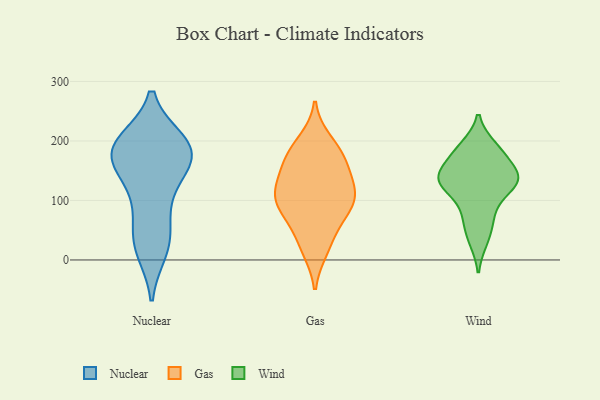
{"axis": {"x": "Website Visitors", "y": "Value"}, "legend": ["Gas", "Nuclear", "Wind"], "data": [{"x": "", "y": 133, "type": "Nuclear"}, {"x": "", "y": 17, "type": "Nuclear"}, {"x": "", "y": 29, "type": "Nuclear"}, {"x": "", "y": 72, "type": "Nuclear"}, {"x": "", "y": 188, "type": "Nuclear"}, {"x": "", "y": 190, "type": "Nuclear"}, {"x": "", "y": 186, "type": "Nuclear"}, {"x": "", "y": 31, "type": "Nuclear"}, {"x": "", "y": 198, "type": "Nuclear"}, {"x": "", "y": 173, "type": "Nuclear"}, {"x": "", "y": 168, "type": "Nuclear"}, {"x": "", "y": 196, "type": "Nuclear"}, {"x": "", "y": 110, "type": "Nuclear"}, {"x": "", "y": 166, "type": "Nuclear"}, {"x": "", "y": 199, "type": "Gas"}, {"x": "", "y": 150, "type": "Gas"}, {"x": "", "y": 27, "type": "Gas"}, {"x": "", "y": 183, "type": "Gas"}, {"x": "", "y": 18, "type": "Gas"}, {"x": "", "y": 104, "type": "Gas"}, {"x": "", "y": 63, "type": "Gas"}, {"x": "", "y": 87, "type": "Gas"}, {"x": "", "y": 121, "type": "Gas"}, {"x": "", "y": 170, "type": "Gas"}, {"x": "", "y": 101, "type": "Gas"}, {"x": "", "y": 129, "type": "Gas"}, {"x": "", "y": 170, "type": "Gas"}, {"x": "", "y": 110, "type": "Gas"}, {"x": "", "y": 83, "type": "Gas"}, {"x": "", "y": 33, "type": "Wind"}, {"x": "", "y": 130, "type": "Wind"}, {"x": "", "y": 190, "type": "Wind"}, {"x": "", "y": 63, "type": "Wind"}, {"x": "", "y": 145, "type": "Wind"}, {"x": "", "y": 84, "type": "Wind"}, {"x": "", "y": 171, "type": "Wind"}, {"x": "", "y": 138, "type": "Wind"}, {"x": "", "y": 138, "type": "Wind"}, {"x": "", "y": 131, "type": "Wind"}, {"x": "", "y": 120, "type": "Wind"}, {"x": "", "y": 185, "type": "Wind"}]}